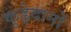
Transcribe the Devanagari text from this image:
कुड़ेदानों